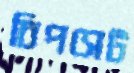
চিপসেট